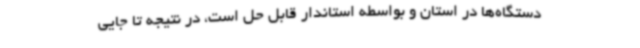
دستگاه‌ها در استان و بواسطه استاندار قابل حل است، در نتیجه تا جایی